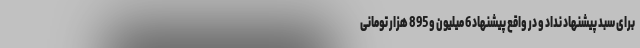
برای سبد پیشنهاد نداد و در واقع پیشنهاد 6 میلیون و 895 هزار تومانی